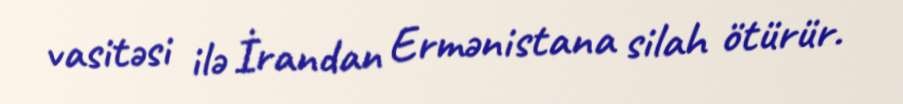
vasitəsi ilə İrandan Ermənistana silah ötürür.